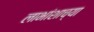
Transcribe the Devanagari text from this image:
लाभांशाच्या